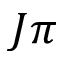
J \pi